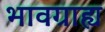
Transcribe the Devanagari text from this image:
भावग्राह्य